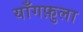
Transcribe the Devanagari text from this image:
याँगफ़ुला